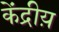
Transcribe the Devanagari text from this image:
केंद्रीय़